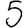
Digit: 5